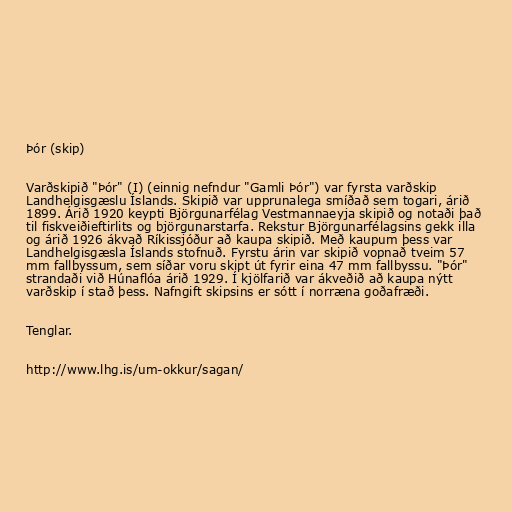
Þór (skip)

Varðskipið "Þór" (I) (einnig nefndur "Gamli Þór") var fyrsta varðskip
Landhelgisgæslu Íslands. Skipið var upprunalega smíðað sem togari, árið
1899. Árið 1920 keypti Björgunarfélag Vestmannaeyja skipið og notaði það
til fiskveiðieftirlits og björgunarstarfa. Rekstur Björgunarfélagsins gekk illa
og árið 1926 ákvað Ríkissjóður að kaupa skipið. Með kaupum þess var
Landhelgisgæsla Íslands stofnuð. Fyrstu árin var skipið vopnað tveim 57
mm fallbyssum, sem síðar voru skipt út fyrir eina 47 mm fallbyssu. "Þór"
strandaði við Húnaflóa árið 1929. Í kjölfarið var ákveðið að kaupa nýtt
varðskip í stað þess. Nafngift skipsins er sótt í norræna goðafræði.

Tenglar.

http://www.lhg.is/um-okkur/sagan/